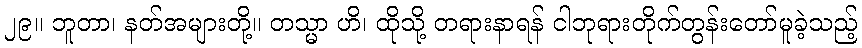
၂၉။ ဘူတာ၊ နတ်အများတို့။ တသ္မာ ဟိ၊ ထိုသို့ တရားနာရန် ငါဘုရားတိုက်တွန်းတော်မူခဲ့သည့်